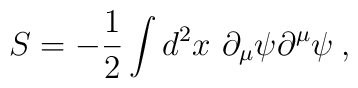
S=-{1\over2}\int d^2x\ \partial_{\mu}\psi\partial^{\mu}\psi\>,